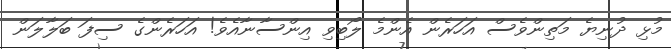
މުޅި ދުނިޔެ މަތިންވެސް އަހަރެން އެންމެ ލޯބިވި އިންސާނާއެވެ! އަހަރެންގެ ސިފަ ބަލާލަން